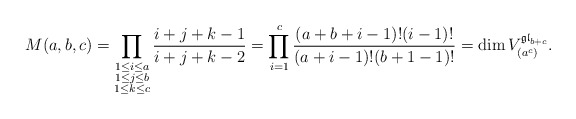
\begin{gather*} M(a,b,c) = \prod_{\substack{1 \le i \le a \\1 \le j \le b\\ 1 \le k \le c}}\frac{i+j+k-1}{i+j+k-2} = \prod_{i=1}^{c}\frac{(a+b+i-1) ! (i-1) !}{(a+i-1) ! (b+1-1) !} =\dim V_{(a^c)}^{{\mathfrak{gl}}_{b+c}}.\end{gather*}